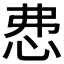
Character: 𢘍